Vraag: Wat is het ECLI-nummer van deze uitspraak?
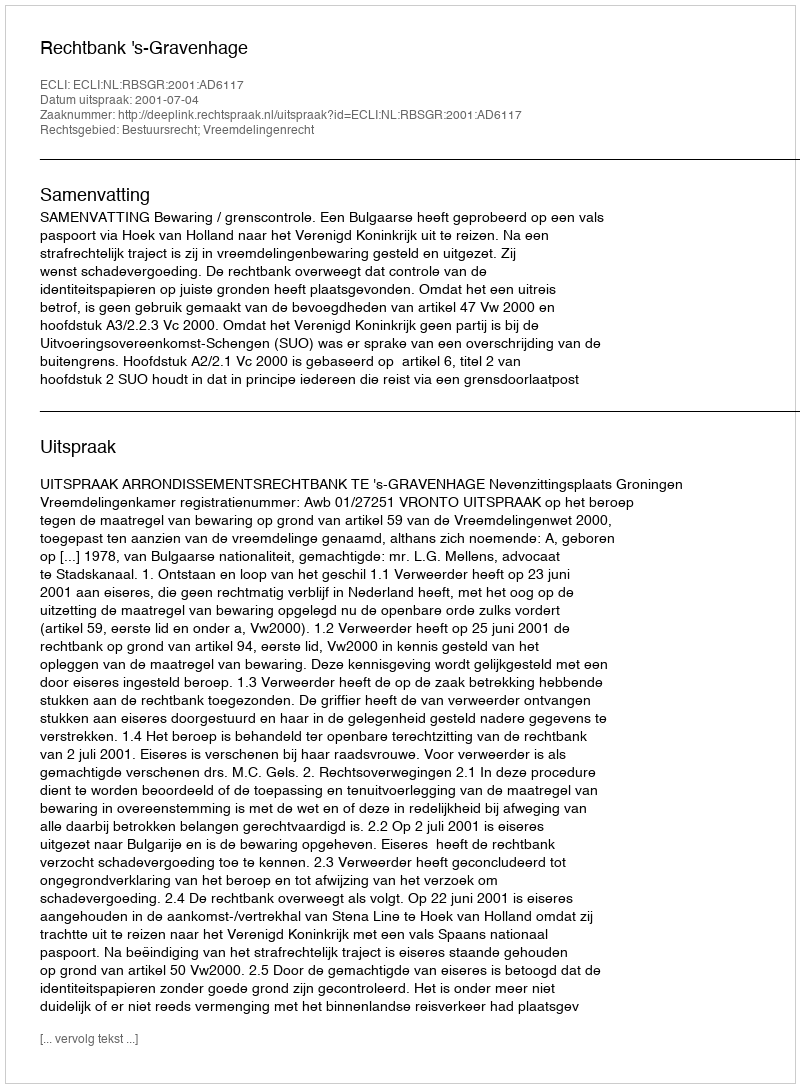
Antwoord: ECLI:NL:RBSGR:2001:AD6117